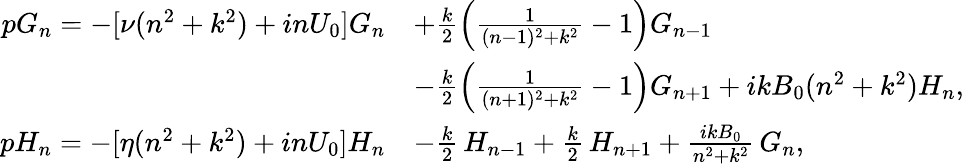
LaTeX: \begin{array}{rl}{pG_{n}=-[\nu(n^{2}+k^{2})+inU_{0}]G_{n}}&{+\frac{k}{2}\left(\frac{1}{(n-1)^{2}+k^{2}}-1\right)G_{n-1}}\\ &{-\frac{k}{2}\left(\frac{1}{(n+1)^{2}+k^{2}}-1\right)G_{n+1}+ikB_{0}(n^{2}+k^{2})H_{n},}\\ {pH_{n}=-[\eta(n^{2}+k^{2})+inU_{0}]H_{n}}&{-\frac{k}{2}\, H_{n-1}+\frac{k}{2}\, H_{n+1}+\frac{ikB_{0}}{n^{2}+k^{2}}\, G_{n},}\end{array}